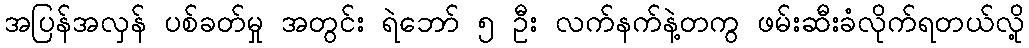
အပြန်အလှန် ပစ်ခတ်မှု အတွင်း ရဲဘော် ၅ ဦး လက်နက်နဲ့တကွ ဖမ်းဆီးခံလိုက်ရတယ်လို့